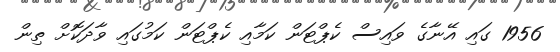
1956 ގައި އޭނާގެ ވައިސް ކެޕްޓަން ކަމާއި ކެޕްޓަން ކަމުގައި ވާދަކޮށް ތިން